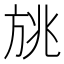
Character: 𰕨